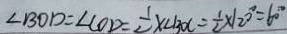
\angle B O D = \angle C O D = \frac { 1 } { 2 } \times \angle B O C = \frac { 1 } { 2 } \times 1 2 0 ^ { \circ } = 6 0 ^ { \circ }